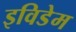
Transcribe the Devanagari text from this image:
इविडेम